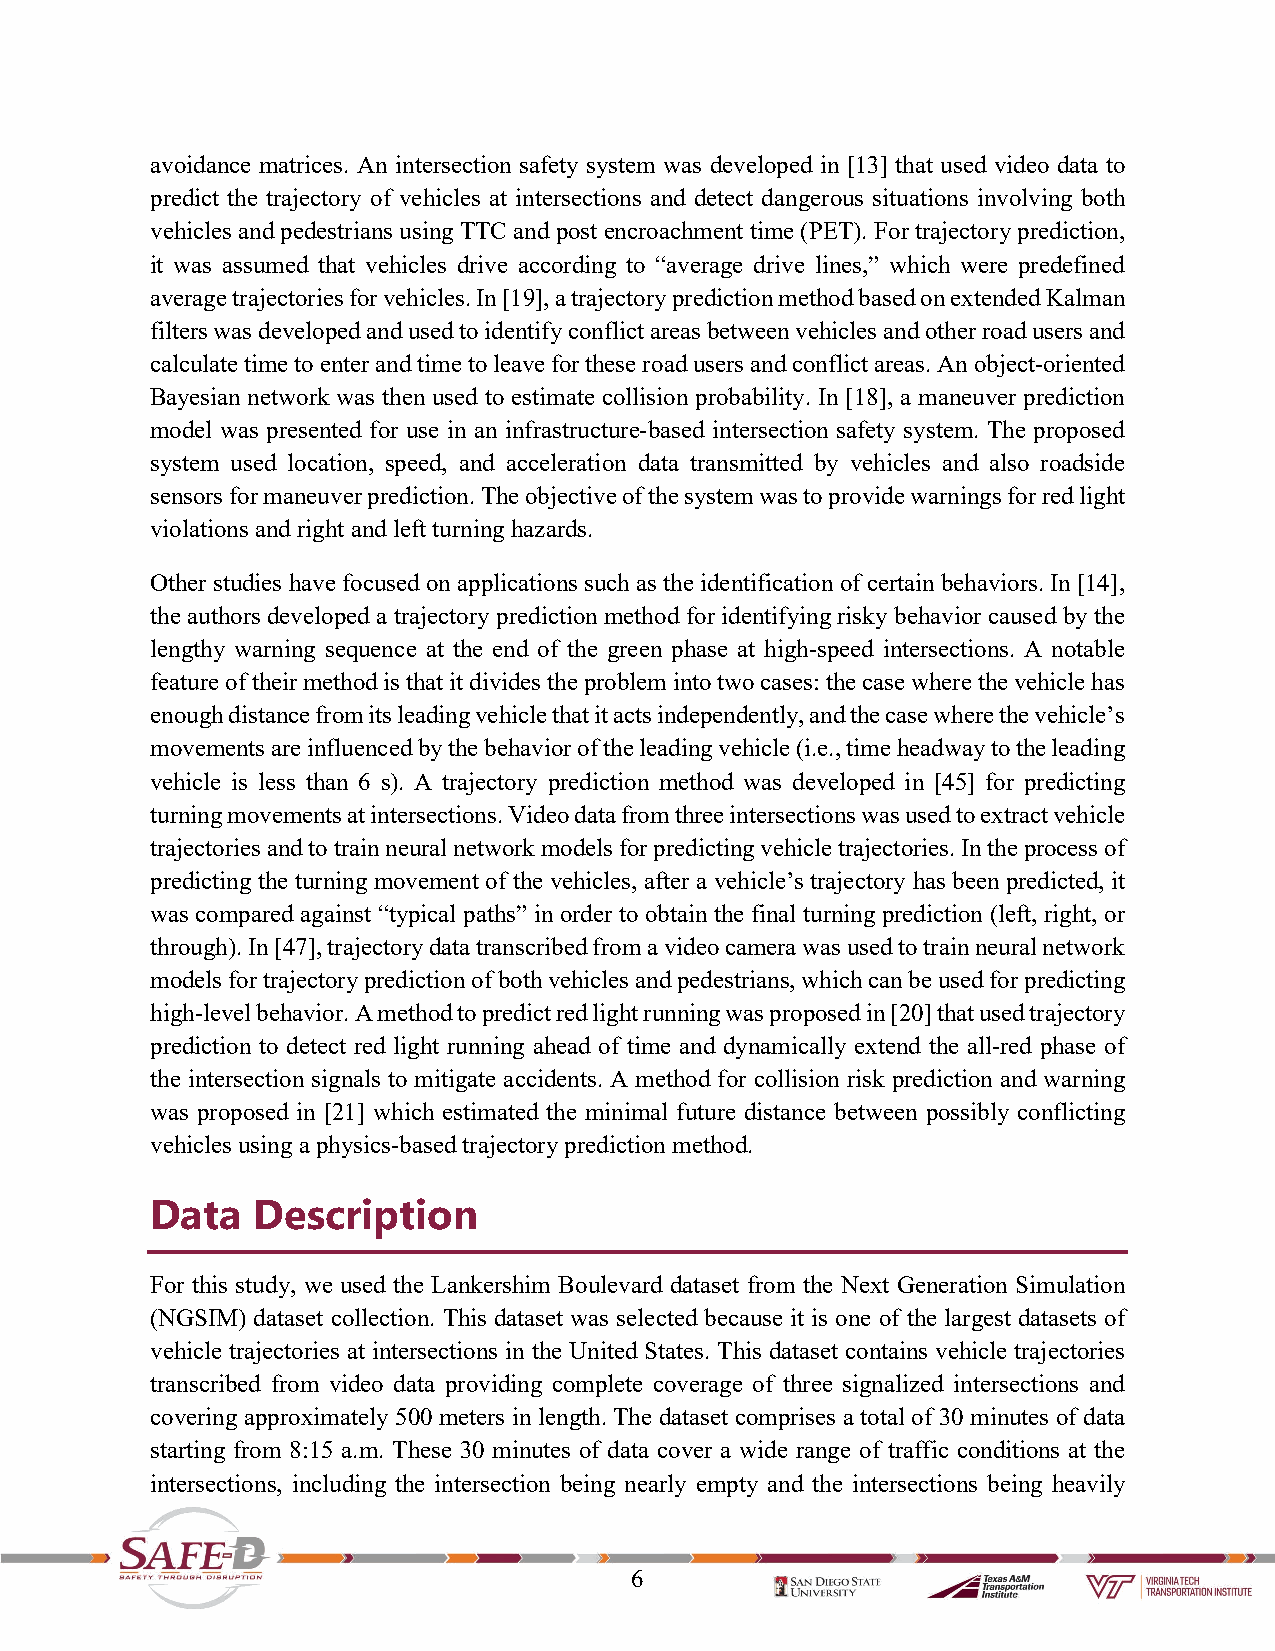
avoidance matrices. An intersection safety system was developed in [13] that used video data to
 predict the trajectory of vehicles at intersections and detect dangerous situations involving both
 vehicles and pedestrians using TTC and post encroachment time (PET). For trajectory prediction,
 it was assumed that vehicles drive according to “average drive lines,” which were predefined
 average trajectories for vehicles. In [19], a trajectory prediction method based on extended Kalman
 filters was developed and used to identify conflict areas between vehicles and other road users and
 calculate time to enter and time to leave for these road users and conflict areas. An object-oriented
 Bayesian network was then used to estimate collision probability. In [18], a maneuver prediction
 model was presented for use in an infrastructure-based intersection safety system. The proposed
 system used location, speed, and acceleration data transmitted by vehicles and also roadside
 sensors for maneuver prediction. The objective of the system was to provide warnings for red light
 violations and right and left turning hazards.
 Other studies have focused on applications such as the identification of certain behaviors. In [14],
 the authors developed a trajectory prediction method for identifying risky behavior caused by the
 lengthy warning sequence at the end of the green phase at high-speed intersections. A notable
 feature of their method is that it divides the problem into two cases: the case where the vehicle has
 enough distance from its leading vehicle that it acts independently, and the case where the vehicle’s
 movements are influenced by the behavior of the leading vehicle (i.e., time headway to the leading
 vehicle is less than 6 s). A trajectory prediction method was developed in [45] for predicting
 turning movements at intersections. Video data from three intersections was used to extract vehicle
 trajectories and to train neural network models for predicting vehicle trajectories. In the process of
 predicting the turning movement of the vehicles, after a vehicle’s trajectory has been predicted, it
 was compared against “typical paths” in order to obtain the final turning prediction (left, right, or
 through). In [47], trajectory data transcribed from a video camera was used to train neural network
 models for trajectory prediction of both vehicles and pedestrians, which can be used for predicting
 high-level behavior. A method to predict red light running was proposed in [20] that used trajectory
 prediction to detect red light running ahead of time and dynamically extend the all-red phase of
 the intersection signals to mitigate accidents. A method for collision risk prediction and warning
 was proposed in [21] which estimated the minimal future distance between possibly conflicting
 vehicles using a physics-based trajectory prediction method.
 Data   Description
 For this study, we used the Lankershim Boulevard dataset from the Next Generation Simulation
 (NGSIM) dataset collection. This dataset was selected because it is one of the largest datasets of
 vehicle trajectories at intersections in the United States. This dataset contains vehicle trajectories
 transcribed from video data providing complete coverage of three signalized intersections and
 covering approximately 500 meters in length. The dataset comprises a total of 30 minutes of data
 starting from 8:15 a.m. These 30 minutes of data cover a wide range of traffic conditions at the
 intersections, including the intersection being nearly empty and the intersections being heavily
 6